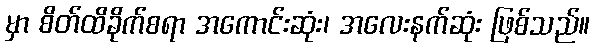
မှာ စိတ်ထိခိုက်စရာ အကောင်းဆုံး၊ အလေးနက်ဆုံး ဖြစ်သည်။